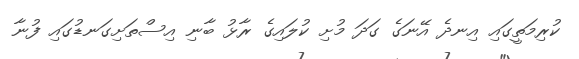
ކުރިމަތީގައި އިނދެ އޭނަގެ ގަދަ މުށި ކުލައިގެ ރާޅު ބާނި އިސްތަށިގަނޑުގައި ފުނާ